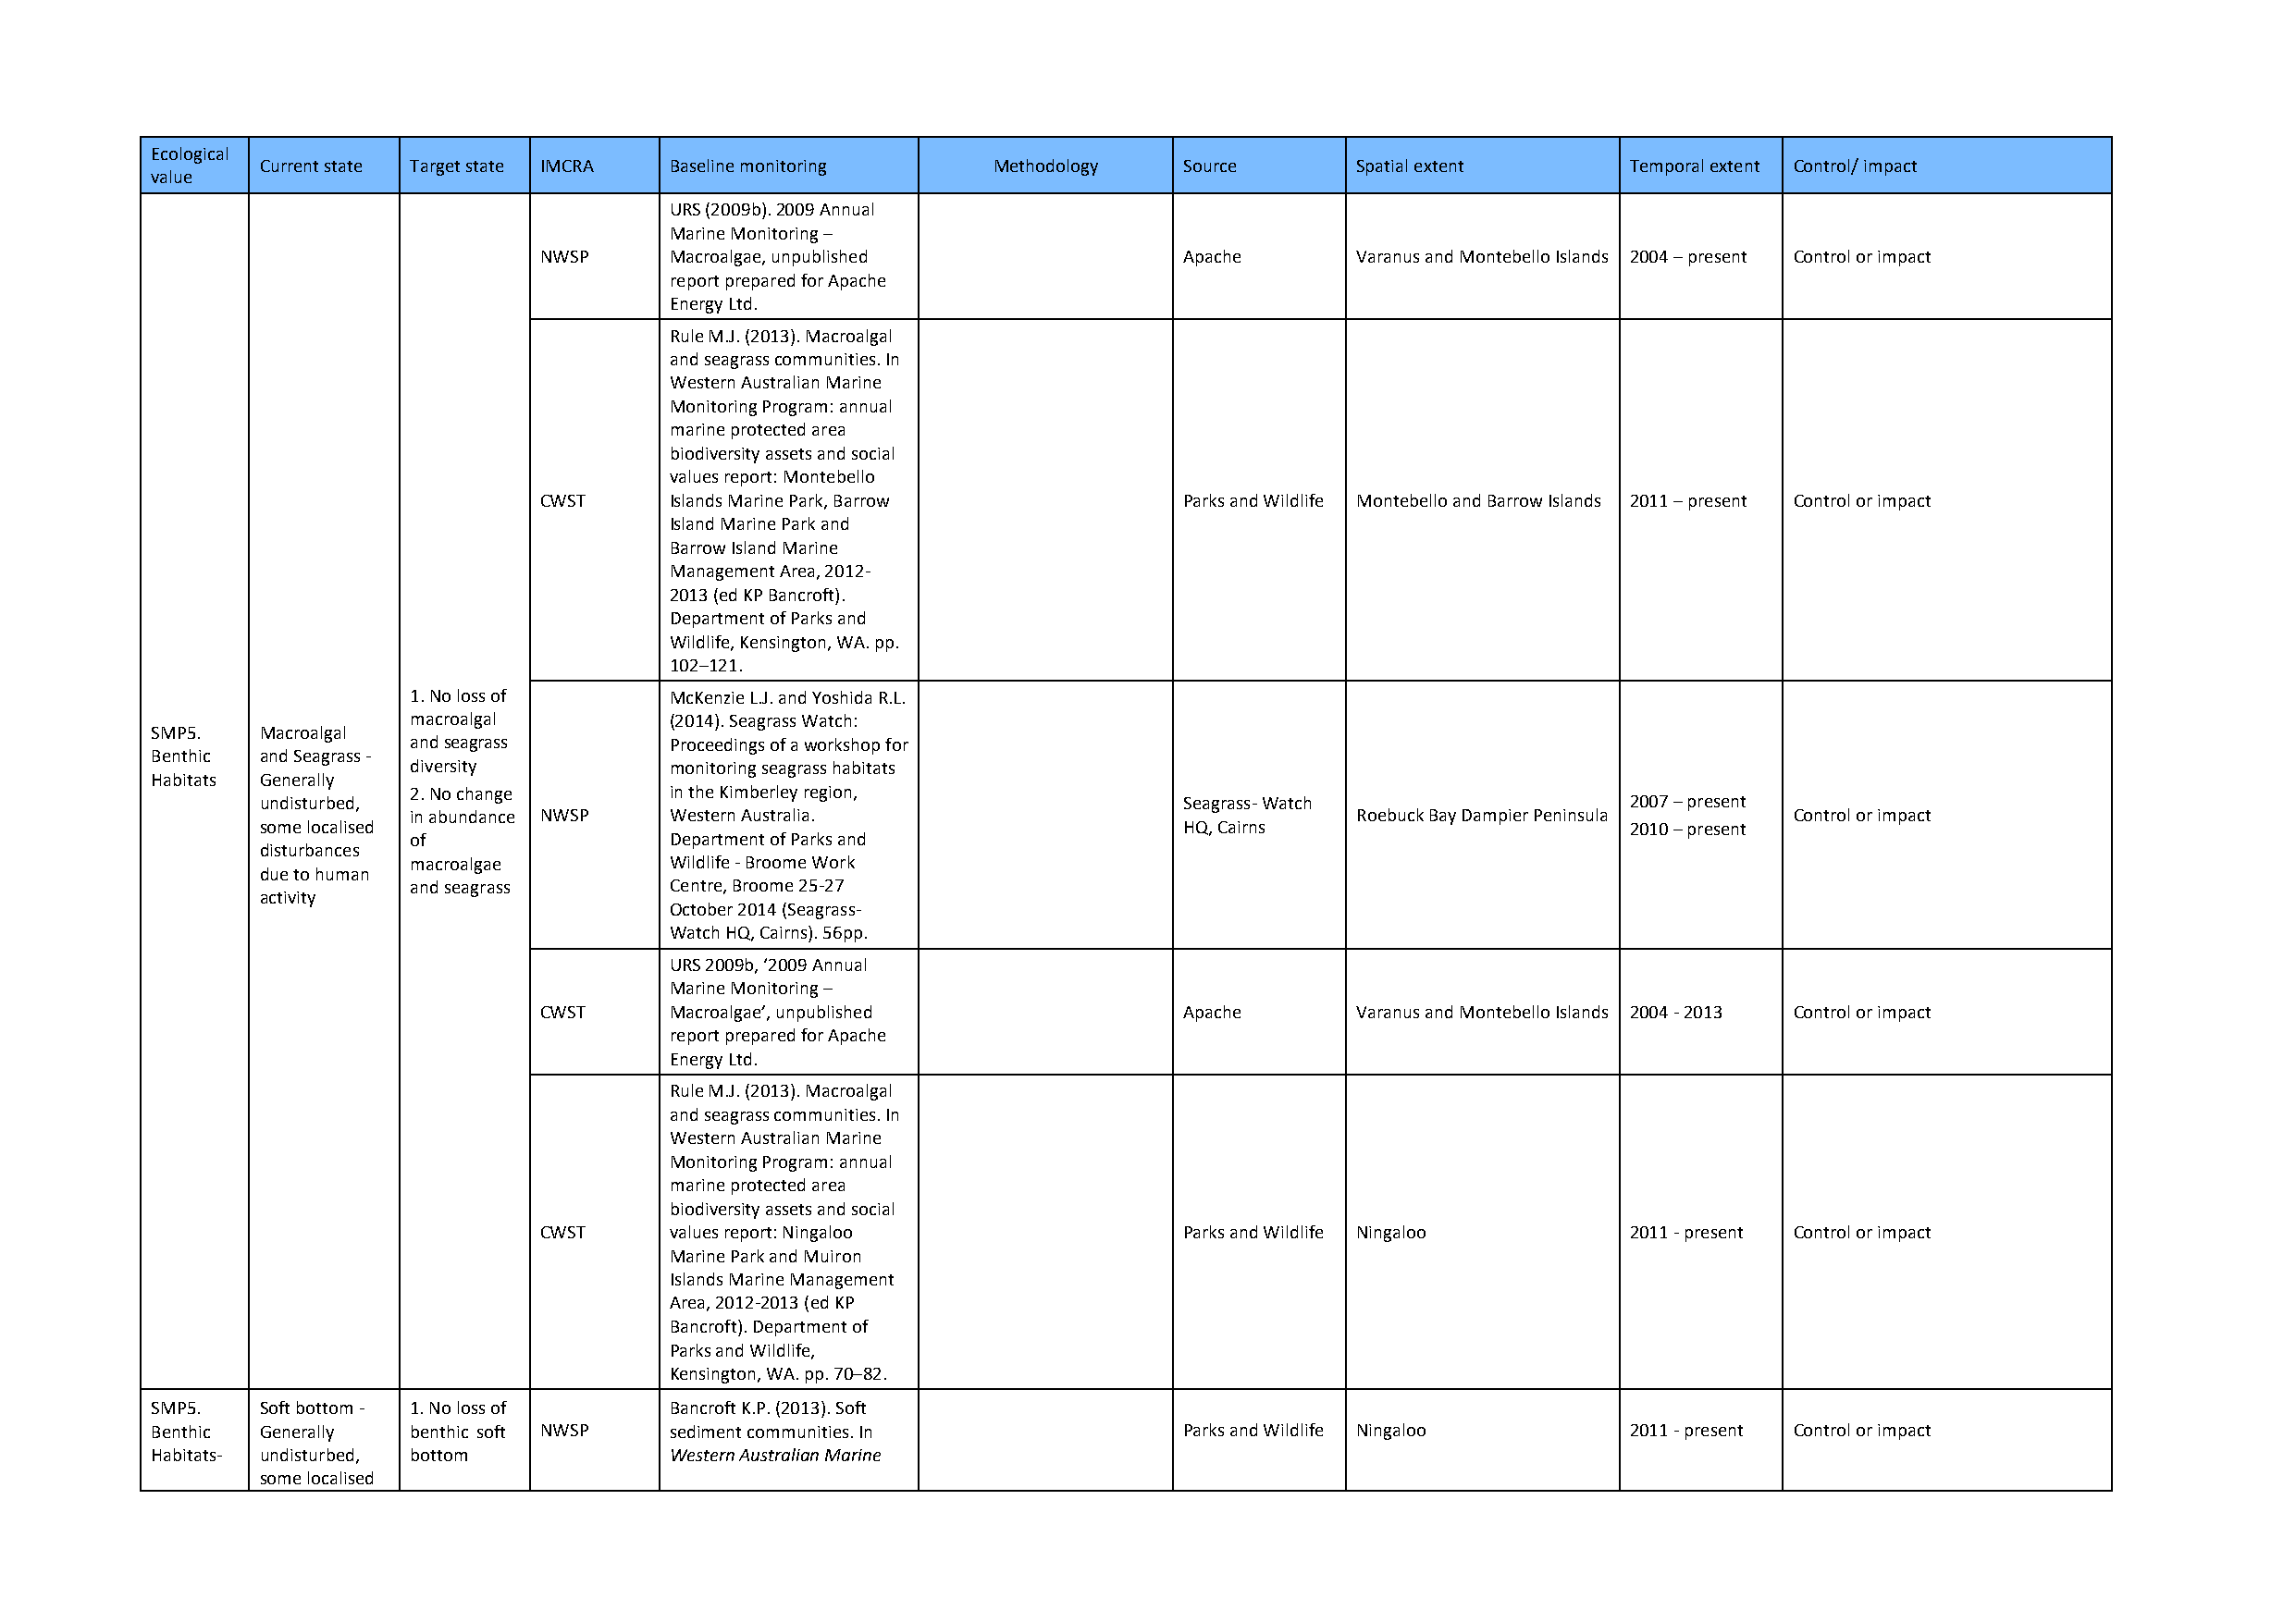
Ecological
 Current state Target state IMCRA Baseline monitoring Methodology  Source      Spatial extent      Temporal extent Control/ impact
 value
 URS (2009b). 2009 Annual
 Marine Monitoring –
 NWSP     Macroalgae, unpublished              Apache      Varanus and Montebello Islands 2004 – present Control or impact
 report prepared for Apache
 Energy Ltd.
 Rule M.J. (2013). Macroalgal
 and seagrass communities. In
 Western Australian Marine
 Monitoring Program: annual
 marine protected area
 biodiversity assets and social
 values report: Montebello
 CWST     Islands Marine Park, Barrow          Parks and Wildlife Montebello and Barrow Islands 2011 – present Control or impact
 Island Marine Park and
 Barrow Island Marine
 Management Area, 2012-
 2013 (ed KP Bancroft).
 Department of Parks and
 Wildlife, Kensington, WA. pp.
 102–121.
 1. No loss of      McKenzie L.J. and Yoshida R.L.
 macroalgal         (2014). Seagrass Watch:
 SMP5.   Macroalgal
 and seagrass       Proceedings of a workshop for
 Benthic and Seagrass -
 diversity          monitoring seagrass habitats
 Habitats Generally
 2. No change       in the Kimberley region,
 undisturbed,                                                      Seagrass- Watch                 2007 – present
 in abundance NWSP  Western Australia.                               Roebuck Bay Dampier Peninsula  Control or impact
 some localised                                                    HQ, Cairns                      2010 – present
 of                 Department of Parks and
 disturbances
 macroalgae         Wildlife - Broome Work
 due to human
 and seagrass       Centre, Broome 25-27
 activity
 October 2014 (Seagrass-
 Watch HQ, Cairns). 56pp.
 URS 2009b, ‘2009 Annual
 Marine Monitoring –
 CWST     Macroalgae’, unpublished             Apache      Varanus and Montebello Islands 2004 - 2013 Control or impact
 report prepared for Apache
 Energy Ltd.
 Rule M.J. (2013). Macroalgal
 and seagrass communities. In
 Western Australian Marine
 Monitoring Program: annual
 marine protected area
 biodiversity assets and social
 CWST     values report: Ningaloo              Parks and Wildlife Ningaloo     2011 - present Control or impact
 Marine Park and Muiron
 Islands Marine Management
 Area, 2012-2013 (ed KP
 Bancroft). Department of
 Parks and Wildlife,
 Kensington, WA. pp. 70–82.
 SMP5.   Soft bottom - 1. No loss of  Bancroft K.P. (2013). Soft
 Benthic Generally benthic soft NWSP  sediment communities. In             Parks and Wildlife Ningaloo     2011 - present Control or impact
 Habitats- undisturbed, bottom        Western Australian Marine
 some localised